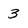
Character: 3